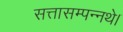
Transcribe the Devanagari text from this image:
सत्तासम्पन्नथे।